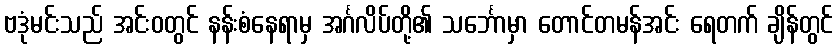
ဗဒုံမင်းသည် အင်းဝတွင် နန်းစံနေရာမှ အင်္ဂလိပ်တို့၏ သင်္ဘောမှာ တောင်တမန်အင်း ရေတက် ချိန်တွင်